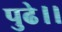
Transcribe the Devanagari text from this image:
पुढे।।